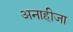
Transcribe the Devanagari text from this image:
अनाहीजा